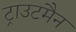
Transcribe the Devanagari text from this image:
ट्राउटमैन